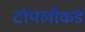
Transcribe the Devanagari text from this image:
टोपलीकडे